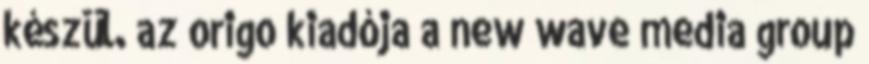
készül. az origo kiadója a new wave media group